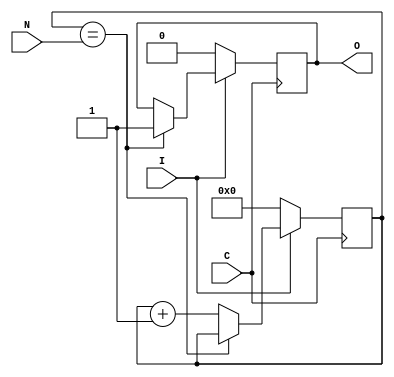
module trig_filter
  (
   output reg		O,
   input wire		I,
   input wire		C,
   input wire [15:0]	N
   );

   reg [15:0] 		tf;

   always @(posedge C)
      if (~I) begin
	 O <= 0;
	 tf <= 0;
      end
      else if (tf == N)
	 O <= 1;
      else
	 tf <= tf + 1;

endmodule